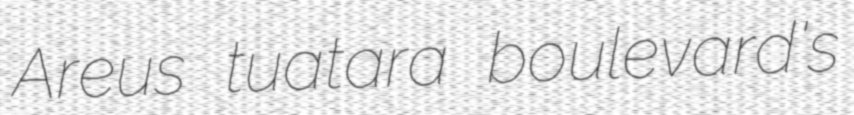
Areus tuatara boulevard's